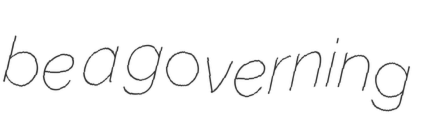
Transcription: be a governing